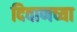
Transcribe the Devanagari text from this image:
दिवाणच्या